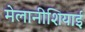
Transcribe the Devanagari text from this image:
मेलानीशियाई